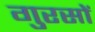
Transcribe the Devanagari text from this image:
गुरसों